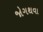
જોગથવા